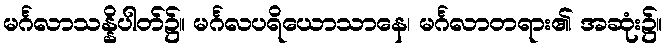
မင်္ဂလာသန္နိပါတ်၌။ မင်္ဂလပရိယောသာနေ၊ မင်္ဂလာတရား၏ အဆုံး၌။